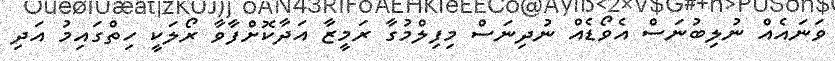
ވަނައެއް ނުލިބުނަސް އެވޯޑެއް ނުދިނަސް މިފިލްމުގާ ރަމީޒާ އަދާކޮށްފާވާ ރޯލަކީ ހިތްގައިމު އަދި